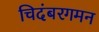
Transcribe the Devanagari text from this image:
चिदंबरगमन